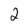
Character: 2